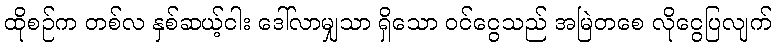
ထိုစဉ်က တစ်လ နှစ်ဆယ့်ငါး ဒေါ်လာမျှသာ ရှိသော ဝင်ငွေသည် အမြဲတစေ လိုငွေပြလျက်